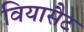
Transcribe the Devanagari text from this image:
वियासैट